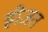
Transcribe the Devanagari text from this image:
ह्रीज़त